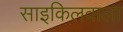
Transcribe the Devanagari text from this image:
साइकिलवाला